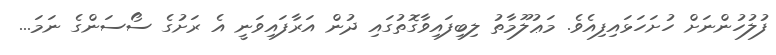
ފުލުހުންނަށް ހުށަހަޅައިފިއެވެ. މަޢުލޫމާތު ލިބިފައިވާގޮތުގައި ދުން އަރާފައިވަނީ އެ ރަށުގެ ސޯސަންގެ ނަމަ...